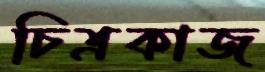
চিত্রকাজ